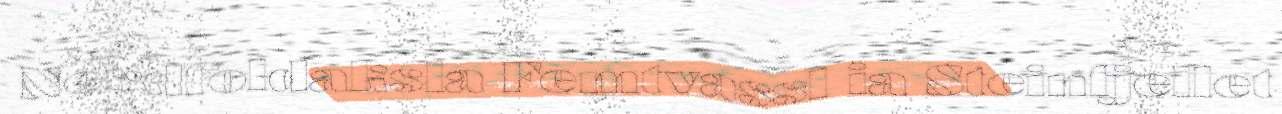
Nordfoldaksla Femtvassl ia Steinfjellet